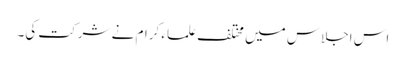
اس اجلاس میں مختلف علماء کرام نے شرکت کی۔